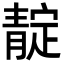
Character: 靛